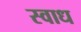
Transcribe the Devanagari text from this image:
स्वाध